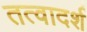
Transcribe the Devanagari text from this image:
तत्वादर्श